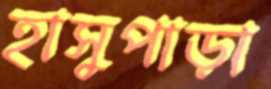
হাসুপাড়া